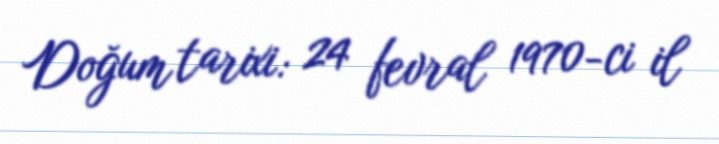
Doğum tarixi: 24 fevral 1970-ci il